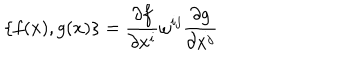
\{ f ( x ) , g ( x ) \} = \frac { \partial f } { \partial x ^ { i } } \omega ^ { i j } \frac { \partial g } { \partial x ^ { j } }